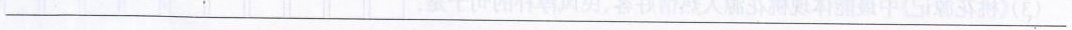
___